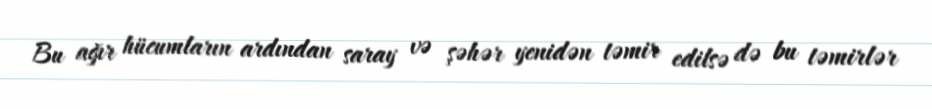
Bu ağır hücumların ardından saray və şəhər yenidən təmir edilsə də bu təmirlər